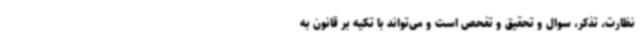
نظارت، تذکر، سوال و تحقیق و تفحص است و می‌تواند با تکیه بر قانون به